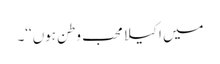
میں اکیلا محب وطن ہوں‘‘۔